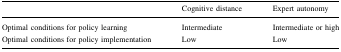
<table><thead><tr><td></td><td><b>Cognitive distance</b></td><td><b>Expert autonomy</b></td></tr></thead><tbody><tr><td>Optimal conditions for policy learning</td><td>Intermediate</td><td>Intermediate or high</td></tr><tr><td>Optimal conditions for policy implementation</td><td>Low</td><td>Low</td></tr></tbody></table>